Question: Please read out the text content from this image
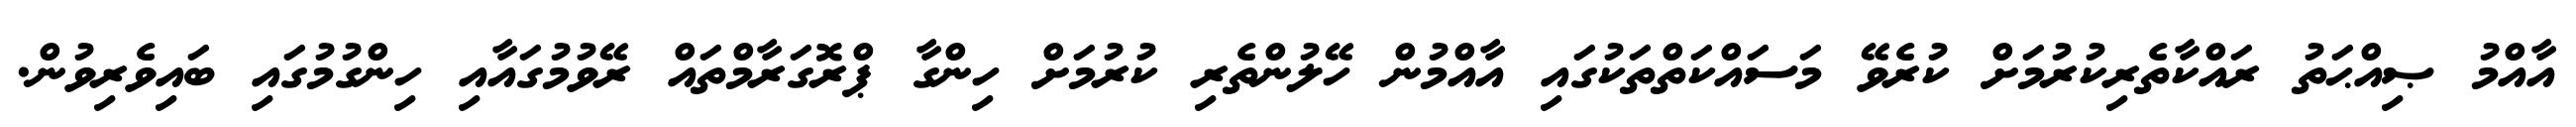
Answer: އާއްމު ޞިއްޙަތު ރައްކާތެރިކުރުމަށް ކުރެވޭ މަސައްކަތްތަކުގައި އާއްމުން ހޭލުންތެރި ކުރުމަށް ހިންގާ ޕްރޮގަރާމްތައް ރޭވުމުގައާއި ހިންގުމުގައި ބައިވެރިވުން.